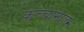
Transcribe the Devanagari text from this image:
कच्‍चामाल